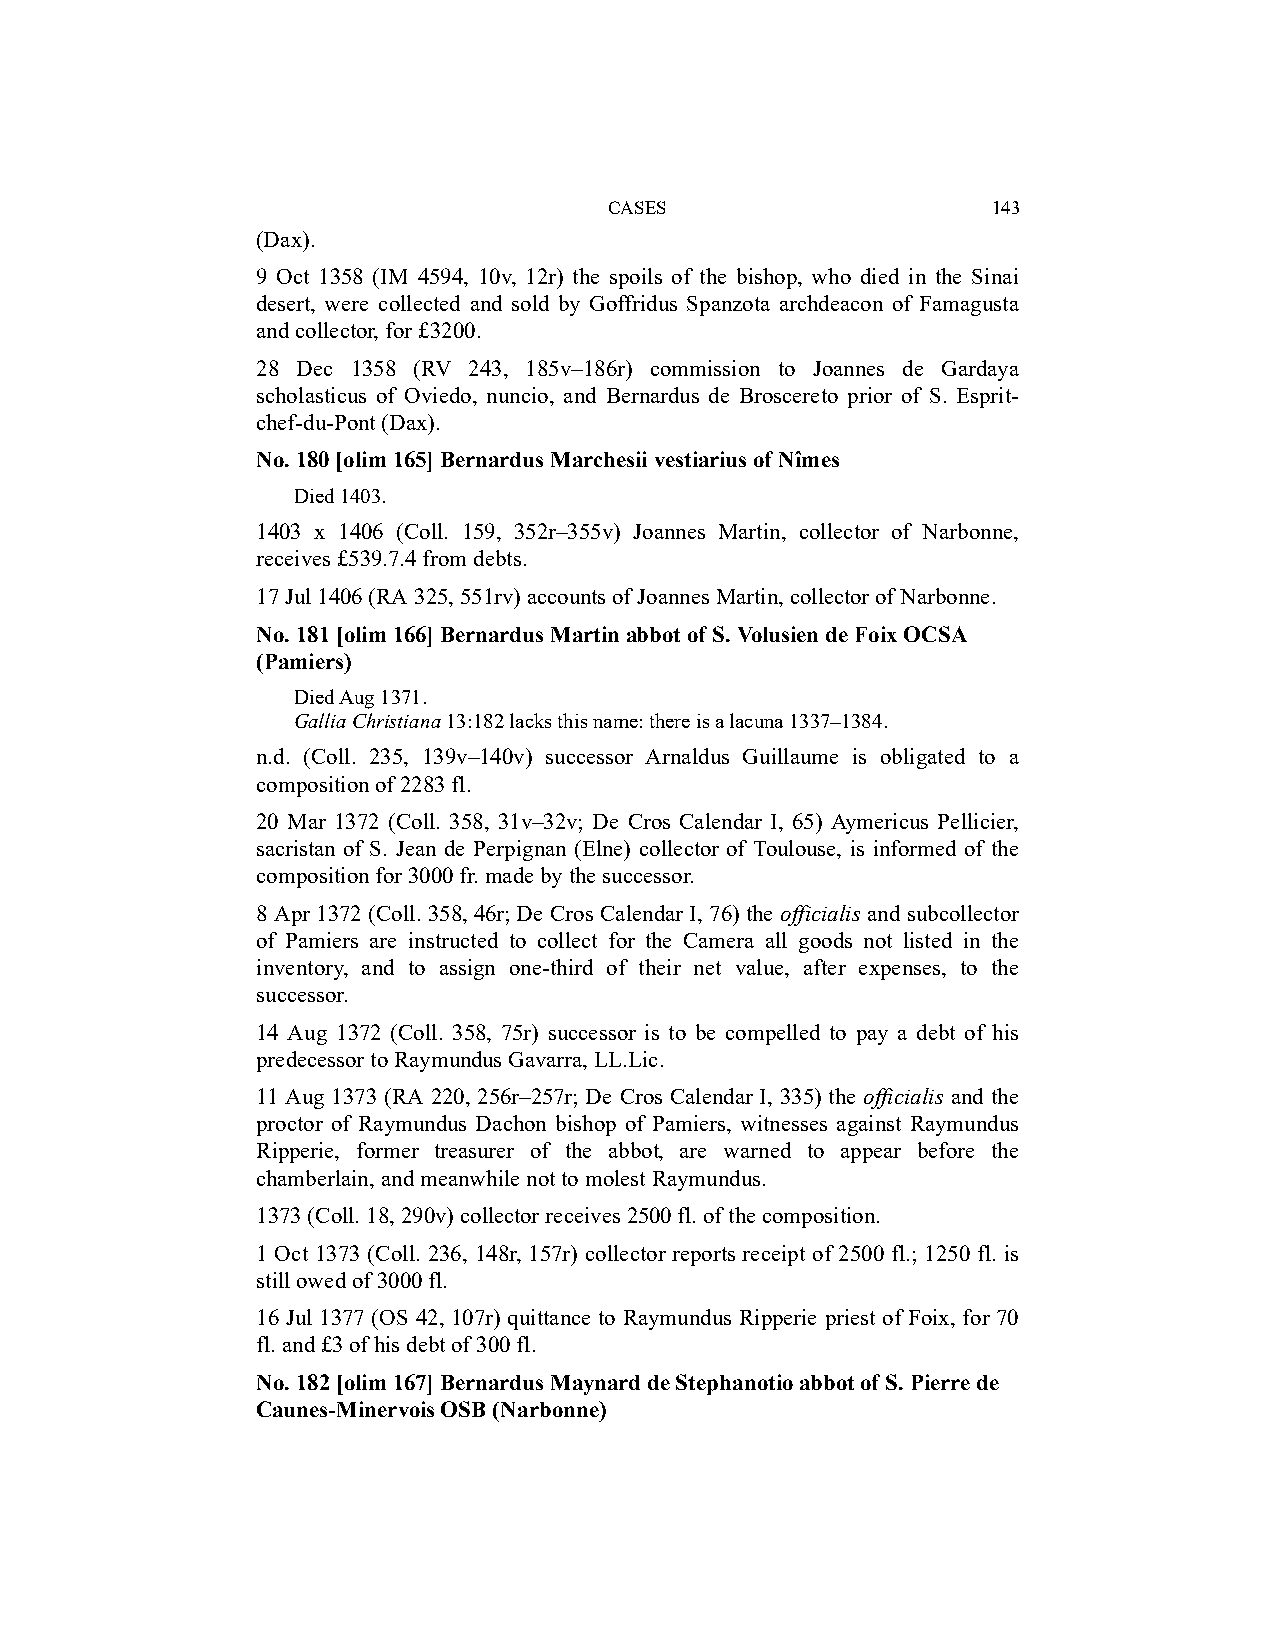
CASES                     143
 (Dax).
 9 Oct 1358 (IM 4594, 10v, 12r) the spoils of the bishop, who died in the Sinai
 desert, were collected and sold by Goffridus Spanzota archdeacon of Famagusta
 and collector, for £3200.
 28 Dec 1358 (RV 243, 185v–186r) commission to Joannes de Gardaya
 scholasticus of Oviedo, nuncio, and Bernardus de Broscereto prior of S. Esprit-
 chef-du-Pont (Dax).
 No. 180 [olim 165] Bernardus Marchesii vestiarius of Nîmes
 Died 1403.
 1403 x 1406 (Coll. 159, 352r–355v) Joannes Martin, collector of Narbonne,
 receives £539.7.4 from debts.
 17 Jul 1406 (RA 325, 551rv) accounts of Joannes Martin, collector of Narbonne.
 No. 181 [olim 166] Bernardus Martin abbot of S. Volusien de Foix OCSA
 (Pamiers)
 Died Aug 1371.
 Gallia Christiana 13:182 lacks this name: there is a lacuna 1337–1384.
 n.d. (Coll. 235, 139v–140v) successor Arnaldus Guillaume is obligated to a
 composition of 2283 fl.
 20 Mar 1372 (Coll. 358, 31v–32v; De Cros Calendar I, 65) Aymericus Pellicier,
 sacristan of S. Jean de Perpignan (Elne) collector of Toulouse, is informed of the
 composition for 3000 fr. made by the successor.
 8 Apr 1372 (Coll. 358, 46r; De Cros Calendar I, 76) the officialis and subcollector
 of Pamiers are instructed to collect for the Camera all goods not listed in the
 inventory, and to assign one-third of their net value, after expenses, to the
 successor.
 14 Aug 1372 (Coll. 358, 75r) successor is to be compelled to pay a debt of his
 predecessor to Raymundus Gavarra, LL.Lic.
 11 Aug 1373 (RA 220, 256r–257r; De Cros Calendar I, 335) the officialis and the
 proctor of Raymundus Dachon bishop of Pamiers, witnesses against Raymundus
 Ripperie, former treasurer of the abbot, are warned to appear before the
 chamberlain, and meanwhile not to molest Raymundus.
 1373 (Coll. 18, 290v) collector receives 2500 fl. of the composition.
 1 Oct 1373 (Coll. 236, 148r, 157r) collector reports receipt of 2500 fl.; 1250 fl. is
 still owed of 3000 fl.
 16 Jul 1377 (OS 42, 107r) quittance to Raymundus Ripperie priest of Foix, for 70
 fl. and £3 of his debt of 300 fl.
 No. 182 [olim 167] Bernardus Maynard de Stephanotio abbot of S. Pierre de
 Caunes-Minervois OSB (Narbonne)